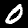
Label: 0